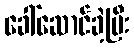
ခေါ်ဆောင်ခဲ့ပြီး